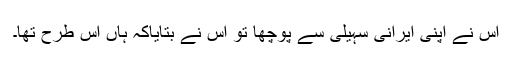
اس نے اپنی ایرانی سہیلی سے پوچھا تو اس نے بتایاکہ ہاں اس طرح تھا۔